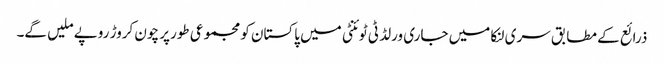
ذرائع کے مطابق سری لنکا میں جاری ورلڈ ٹی ٹوئنٹی میں پاکستان کو مجموعی طورپر چون کروڑ روپے ملیں گے۔